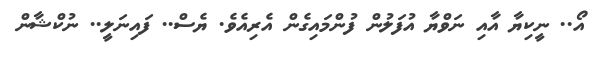
އޯ.. ނީކިޔާ އާއި ނަވްޔާ އުފަލުން ފުންމައިގެން އެރިއެވެ. ޔެސް.. ފައިނަލީ.. ނުކްޝާން